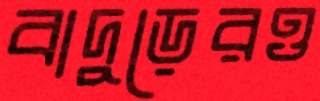
বাদুড়েরও